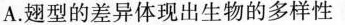
A.翅型的差异体现出生物的多样性